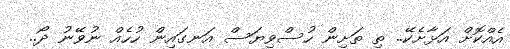
އެއްކޮށް އަޅާށެކޭ.. ތި ތަށިން ހުސްވިޔަސް އަނގައިން ހުހެއް ނުވޭނު ދޯ..